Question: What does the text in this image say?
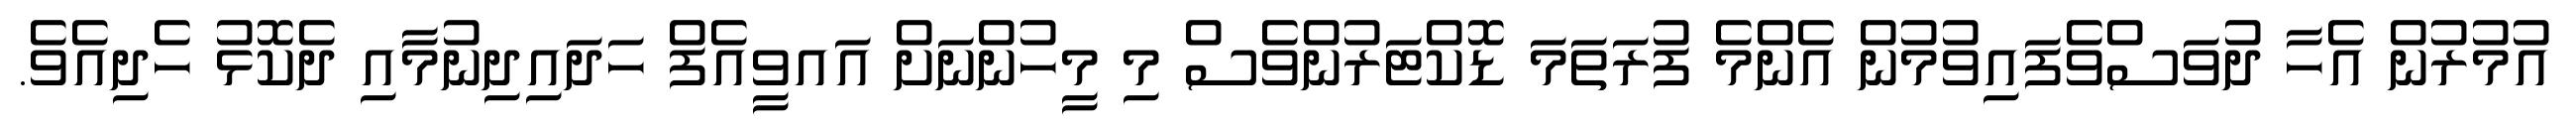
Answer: އުމުރުން އެހާ ދުވަސްވެފައިވުމުން އެންމެ ފުރަތަމަ ޑޮކްޓަރުންވެސް މި މީހުންނަށް އައވީއެފް ހަދައިދިނުމާއި ދެކޮޅު ހެދިއެވެ.